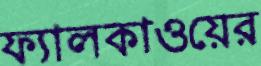
ফ্যালকাওয়ের